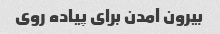
بیرون آمدن برای پیاده روی